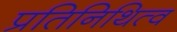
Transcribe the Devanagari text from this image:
प्रतिनिथित्व